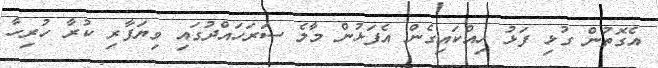
އެގޮތުން ގުޅި ފަޅު ހިއްކައިގެން އެފަޅުން މާލެ ސަރަހައްދުގައި ވިޔަފާރި ކުރާ ހުރިހާ